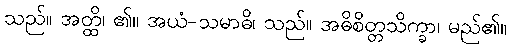
သည်။ အတ္ထိ၊ ၏။ အယံ-သမာဓိ၊ သည်။ အဓိစိတ္တသိက္ခာ၊ မည်၏။